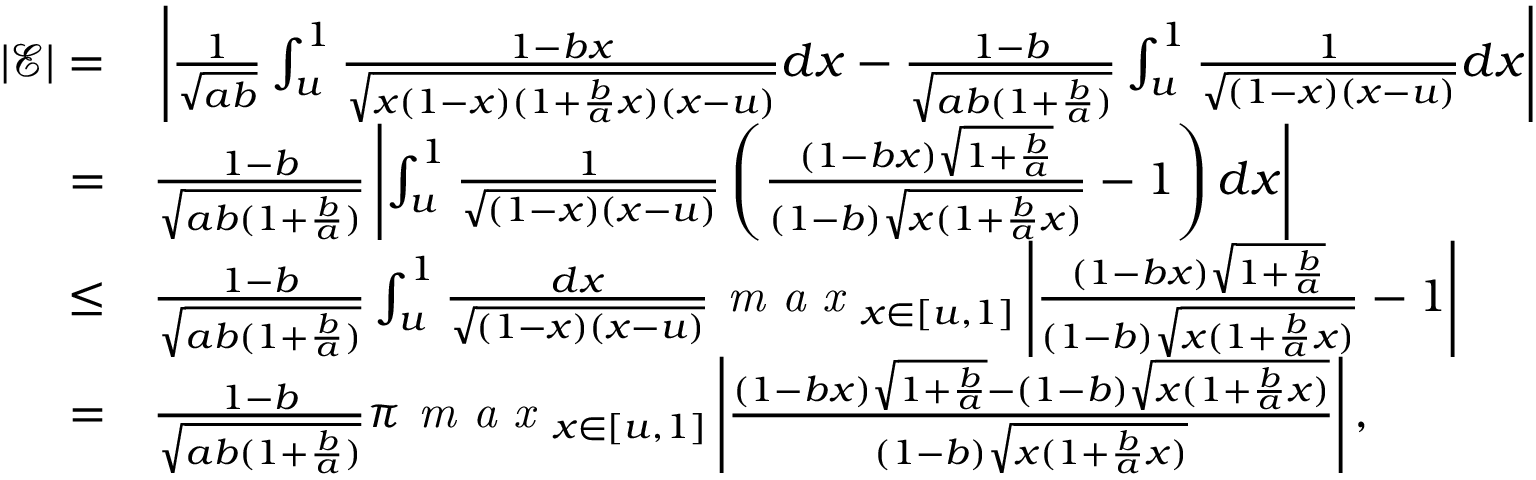
\begin{array} { r l } { | \mathcal { E } | = } & { { } \left| \frac { 1 } { \sqrt { a b } } \int _ { u } ^ { 1 } \frac { 1 - b x } { \sqrt { x ( 1 - x ) ( 1 + \frac { b } { a } x ) ( x - u ) } } d x - \frac { 1 - b } { \sqrt { a b ( 1 + \frac { b } { a } ) } } \int _ { u } ^ { 1 } \frac { 1 } { \sqrt { ( 1 - x ) ( x - u ) } } d x \right| } \\ { = } & { { } \frac { 1 - b } { \sqrt { a b ( 1 + \frac { b } { a } ) } } \left| \int _ { u } ^ { 1 } \frac { 1 } { \sqrt { ( 1 - x ) ( x - u ) } } \left( \frac { ( 1 - b x ) \sqrt { 1 + \frac { b } { a } } } { ( 1 - b ) \sqrt { x ( 1 + \frac { b } { a } x ) } } - 1 \right) d x \right| } \\ { \leq } & { { } \frac { 1 - b } { \sqrt { a b ( 1 + \frac { b } { a } ) } } \int _ { u } ^ { 1 } \frac { d x } { \sqrt { ( 1 - x ) ( x - u ) } } \textit { m a x } _ { x \in [ u , 1 ] } \left| \frac { ( 1 - b x ) \sqrt { 1 + \frac { b } { a } } } { ( 1 - b ) \sqrt { x ( 1 + \frac { b } { a } x ) } } - 1 \right| } \\ { = } & { { } \frac { 1 - b } { \sqrt { a b ( 1 + \frac { b } { a } ) } } \pi \textit { m a x } _ { x \in [ u , 1 ] } \left| \frac { ( 1 - b x ) \sqrt { 1 + \frac { b } { a } } - ( 1 - b ) \sqrt { x ( 1 + \frac { b } { a } x ) } } { ( 1 - b ) \sqrt { x ( 1 + \frac { b } { a } x ) } } \right| , } \end{array}